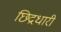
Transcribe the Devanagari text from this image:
छिद्रधारी